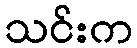
သင်းက